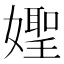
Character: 𡢨